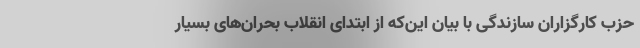
حزب کارگزاران سازندگی با بیان این‌که از ابتدای انقلاب بحران‌های بسیار